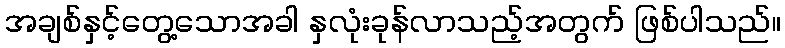
အချစ်နှင့်တွေ့သောအခါ နှလုံးခုန်လာသည့်အတွက် ဖြစ်ပါသည်။